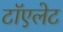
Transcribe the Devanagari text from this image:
टॉएलेट